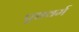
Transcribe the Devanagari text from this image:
पृष्ठवर्म